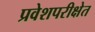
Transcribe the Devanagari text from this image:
प्रवेशपरीक्षेत